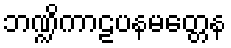
ဘဏ္ဍိကာဠပနမတ္တေန